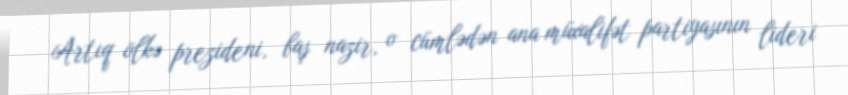
Artıq ölkə prezideni, baş nazir, o cümlədən ana müxalifət partiyasının lideri